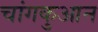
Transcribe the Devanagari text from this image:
चांगकुआन